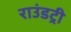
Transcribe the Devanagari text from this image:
राउंडट्री